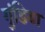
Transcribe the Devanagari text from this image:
गुंडिया